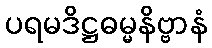
ပရမဒိဋ္ဌဓမ္မနိဗ္ဗာနံ